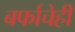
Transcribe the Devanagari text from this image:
बर्फाचेही